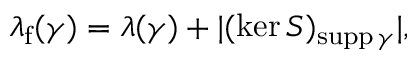
\lambda _ { \mathrm { f } } ( \gamma ) = \lambda ( \gamma ) + | ( \ker S ) _ { \mathrm { s u p p } \, \gamma } | ,